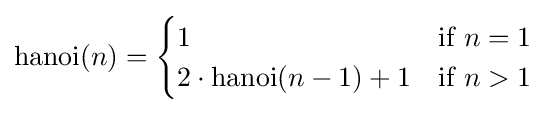
\operatorname {hanoi} (n)={\begin{cases}1&{\mbox{if }}n=1\\2\cdot \operatorname {hanoi} (n-1)+1&{\mbox{if }}n>1\\\end{cases}}